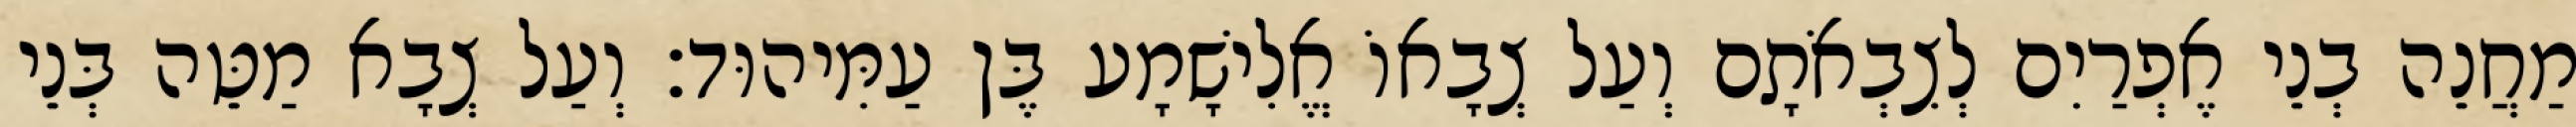
מַחֲנֵה בְנֵי אֶפְרַיִם לְצִבְאֹתָם וְעַל צְבָאוֹ אֱלִישָׁמָע בֶּן עַמִּיהוּד׃ וְעַל צְבָא מַטֵּה בְּנֵי